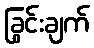
ခြွင်းချက်